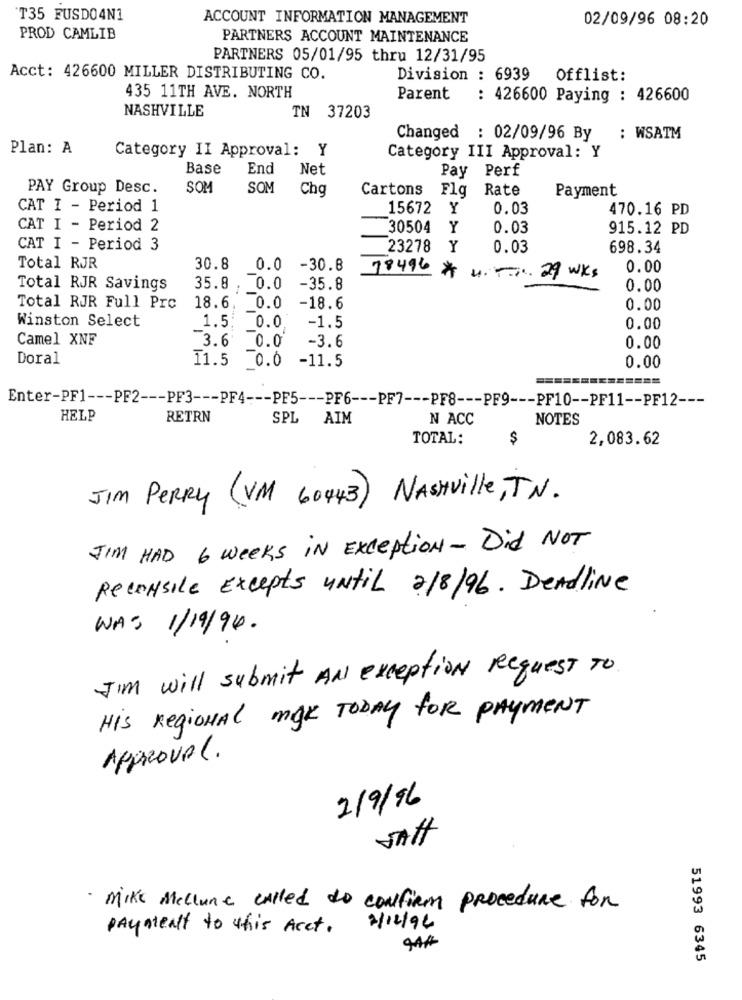
T35 FUSDO4N1
ACCOUNT INFORMATION MANAGEMENT
02/09/96 08:20
PROD CAMLIB
PARTNERS ACCOUNT MAINTENANCE
PARTNERS 05/01/95 thru 12/31/95
Acct: 426600 MILLER DISTRIBUTING CO.
Division : 6939
Offlist:
435 11TH AVE. NORTH
Parent
: 426600 Paying : 426600
NASHVILLE
TN 37203
Changed : 02/09/96 By
: WSATM
Plan: A
Category II Approval: Y
Category III Approval: Y
Base
End
Net
Pay Perf
PAY Group Desc.
SOM
SOM
Chq
Cartons Flg Rate
Payment
CAT I - Period 1
15672 Y
0.03
470.16 PD
CAT I - Period 2
30504
Y
0.03
915.12 PD
CAT I - Period 3
23278
Y
0.03
698.34
Total RJR
30.8 0.0 -30.8
78496
0.00
* u. T .... 29 WKs
Total RJR Savings
35.8 . 0.0
-35.8
0.00
Total RJR Full Prc
18.6. 0.0 -18.6
0.00
Winston Select
1.5: 0.0 -1.5
0.00
Camel XNF
3.6 0.0
-3.6
0.00
Doral
0.00
11.5 0.0 -11.5
Enter-PF1 --- PF2 --- PF3 --- PF4 --- PF5 --- PF6 --- PF7 --- PF8 --- PF9 --- PF10 -- PF11 -- PF12 ---
HELP
RETRN
SPL
AIM
N ACC
NOTES
TOTAL:
$
2,083.62
JIM PERRY (VM 60443) Nashville, TN.
JIM HAD 6 weeks in Exception- Did NOT
Reconsile Excepts until 2/8/96. DeAdliNe
WAS 1/19/94.
JIM will submit AN exception Request To
His Regional mgk TODAY for PAYMENT
APPROVAL.
2/9/96
SAHt
· Mike Mellune called to confirm procedure for
payment to this Acet.
2/12/94
51993 6345